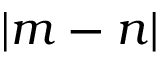
| m - n |